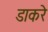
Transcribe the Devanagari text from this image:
डाकरे